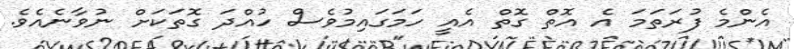
އެންމެ ފުރަތަމަ އެ އޮތް ގޮތް އެއީ ހަމަގައިމުވެސް ހުއްދަ ގޮތަކަށް ނުވާނެއެވެ.